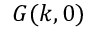
G ( k , 0 )